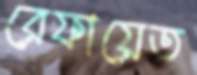
রেফায়েত